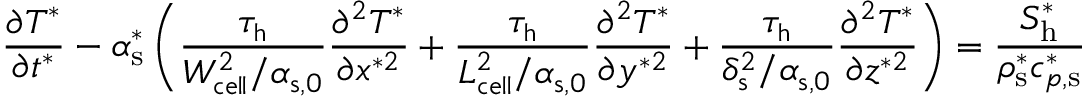
\frac { \partial T ^ { * } } { \partial t ^ { * } } - \alpha _ { \mathrm { { s } } } ^ { * } \left( \boldsymbol { \frac { \tau _ { \mathrm { h } } } { W _ { \mathrm { c e l l } } ^ { 2 } / \alpha _ { \mathrm { s , 0 } } } } \frac { \partial ^ { 2 } T ^ { * } } { \partial x ^ { * 2 } } + \boldsymbol { \frac { \tau _ { \mathrm { h } } } { L _ { \mathrm { c e l l } } ^ { 2 } / \alpha _ { \mathrm { s , 0 } } } } \frac { \partial ^ { 2 } T ^ { * } } { \partial y ^ { * 2 } } + \boldsymbol { \frac { \tau _ { \mathrm { h } } } { \delta _ { \mathrm { s } } ^ { 2 } / \alpha _ { \mathrm { s , 0 } } } } \frac { \partial ^ { 2 } T ^ { * } } { \partial z ^ { * 2 } } \right) = \frac { S _ { \mathrm { h } } ^ { * } } { \rho _ { \mathrm { s } } ^ { * } c _ { p , \mathrm { s } } ^ { * } }